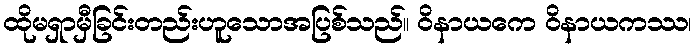
ထိုမရှာမှီခြင်းတည်းဟူသောအပြစ်သည်။ ဝိနာယကေ ဝိနာယကဿ၊